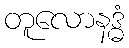
တူလောနဒ္ဓံ